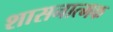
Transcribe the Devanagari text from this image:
शासनात्मक